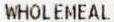
WHOLEMEAL